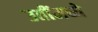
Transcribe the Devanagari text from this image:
उतींमध्ये